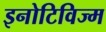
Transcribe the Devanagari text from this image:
इनोटिविज्म